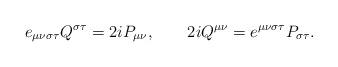
LaTeX: \begin{align*}e_{\mu\nu\sigma\tau}Q^{\sigma\tau}=2iP_{\mu\nu},\qquad2iQ^{\mu\nu}=e^{\mu\nu\sigma\tau}P_{\sigma\tau}. \end{align*}